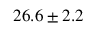
2 6 . 6 \pm 2 . 2